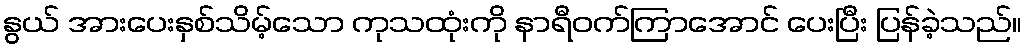
နွယ် အားပေးနှစ်သိမ့်သော ကုသထုံးကို နာရီဝက်ကြာအောင် ပေးပြီး ပြန်ခဲ့သည်။